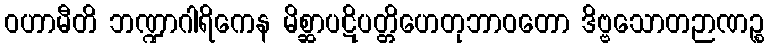
ဝဟာမီတိ ဘဏ္ဍာဂါရိကေန မိစ္ဆာပဋိပတ္တိဟေတုဘာဝတော ဒိဗ္ဗသောတဉာဏဉ္စ